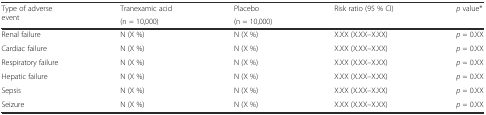
<table><thead><tr><td rowspan="2"><b>Type of adverse event</b></td><td><b>Tranexamic acid</b></td><td><b>Placebo</b></td><td rowspan="2"><b>Risk ratio (95 % CI)</b></td><td rowspan="2"><b><i>p</i> value*</b></td></tr><tr><td><b>(n = 10,000)</b></td><td><b>(n = 10,000)</b></td></tr></thead><tbody><tr><td>Renal failure</td><td>N (X %)</td><td>N (X %)</td><td>X.XX (X.XX–X.XX)</td><td><i>p</i> = 0.XX</td></tr><tr><td>Cardiac failure</td><td>N (X %)</td><td>N (X %)</td><td>X.XX (X.XX–X.XX)</td><td><i>p</i> = 0.XX</td></tr><tr><td>Respiratory failure</td><td>N (X %)</td><td>N (X %)</td><td>X.XX (X.XX–X.XX)</td><td><i>p</i> = 0.XX</td></tr><tr><td>Hepatic failure</td><td>N (X %)</td><td>N (X %)</td><td>X.XX (X.XX–X.XX)</td><td><i>p</i> = 0.XX</td></tr><tr><td>Sepsis</td><td>N (X %)</td><td>N (X %)</td><td>X.XX (X.XX–X.XX)</td><td><i>p</i> = 0.XX</td></tr><tr><td>Seizure</td><td>N (X %)</td><td>N (X %)</td><td>X.XX (X.XX–X.XX)</td><td><i>p</i> = 0.XX</td></tr></tbody></table>